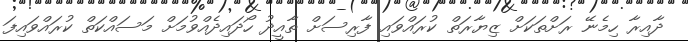
ދާއިރާ ހިމެނޭ ރަށްތަކަށް ޒިޔާރަތް ކުރައްވައި ފާރިސަށް ތާއީދު ހޯދައިދެއްވުމަށް މަސައްކަތް ކުރައްވައިފަ